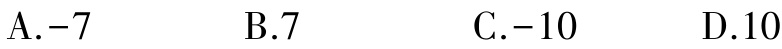
A.$-7$  B.$7$  C.$-10$  D.$10$